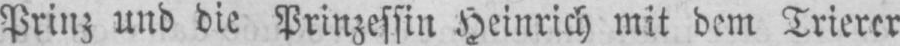
Prinz und die Prinzessin Heinrich mit dem Trierer